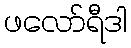
ဖလော်ရီဒါ